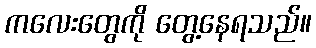
ကလေးတွေကို တွေ့နေရသည်။